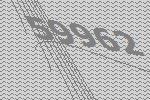
59962